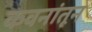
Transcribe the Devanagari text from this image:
कवनांतून